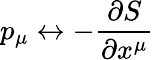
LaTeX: p_{\mu}\leftrightarrow-{\frac{\partial S}{\partial x^{\mu}}}